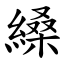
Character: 縔